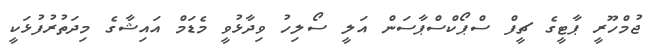
ޖުމްހޫރީ ޕާޓީގެ ޗީފް ސްޕޯކްސްޕާސަން އަލީ ސޯލިހު ވިދާޅުވީ މެޑަމް އައިޝާގެ މިދަތުރުފުޅަކީ